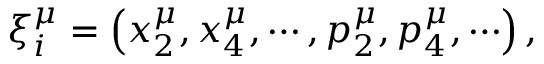
\xi _ { i } ^ { \mu } = \left( x _ { 2 } ^ { \mu } , x _ { 4 } ^ { \mu } , \cdots , p _ { 2 } ^ { \mu } , p _ { 4 } ^ { \mu } , \cdots \right) ,